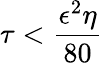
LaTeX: \tau<\frac{\epsilon^{2}\eta}{80}